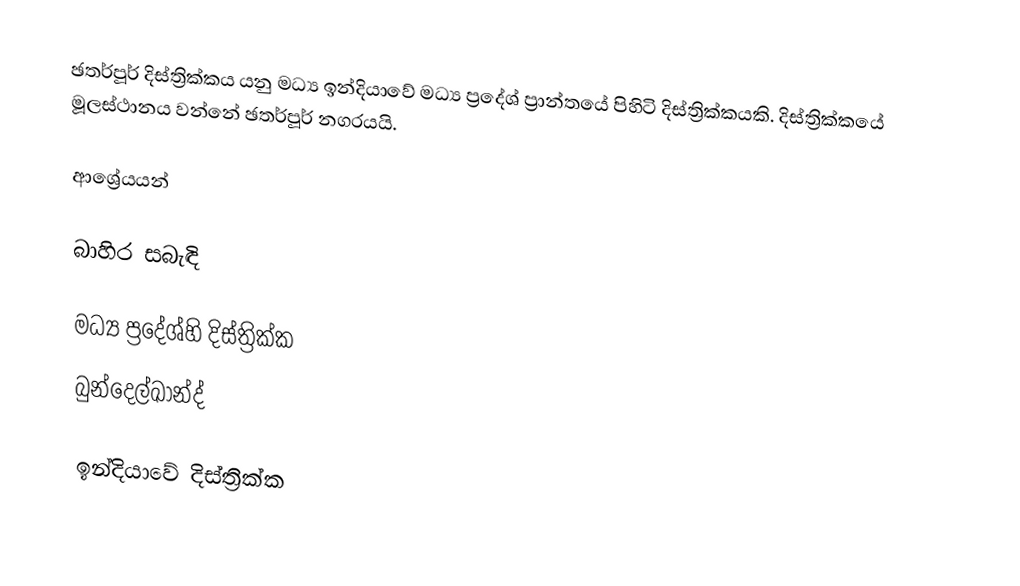
ඡතර්පූර් දිස්ත්‍රික්කය යනු මධ්‍ය ඉන්දියාවේ මධ්‍ය ප්‍රදේශ් ප්‍රාන්තයේ පිහිටි දිස්ත්‍රික්කයකි. දිස්ත්‍රික්කයේ මූලස්ථානය වන්නේ ඡතර්පූර් නගරයයි.

ආශ්‍රේයයන්

බාහිර සබැඳි

මධ්‍ය ප්‍රදේශ්හි දිස්ත්‍රික්ක
බුන්දෙල්ඛාන්ද්

ඉන්දියාවේ දිස්ත්‍රික්ක